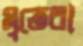
মৃতেরা